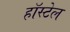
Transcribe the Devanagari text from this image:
हॉस्टेल